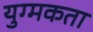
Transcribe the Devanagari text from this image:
युग्मकता